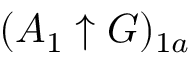
( A _ { 1 } \uparrow G ) _ { 1 a }